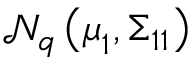
{ \mathcal { N } } _ { q } \left( { \boldsymbol { \mu } } _ { 1 } , { \boldsymbol { \Sigma } } _ { 1 1 } \right)